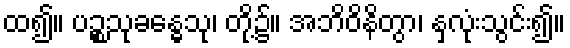
ထ၍။ ပဉ္စသုခန္ဓေသု၊ တို့၌။ အဘိဝိနိတွာ၊ နှလုံးသွင်း၍။